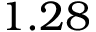
1 . 2 8